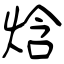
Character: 焓